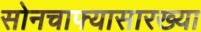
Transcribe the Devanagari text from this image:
सोनचाफ्यासारख्या